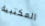
المكتبية